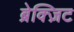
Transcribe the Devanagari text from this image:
ब्रेक्ज़िट